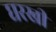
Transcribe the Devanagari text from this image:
घरखी